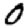
Digit: 0